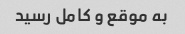
به موقع و کامل رسید